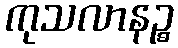
ကုသလာနဉ္စ